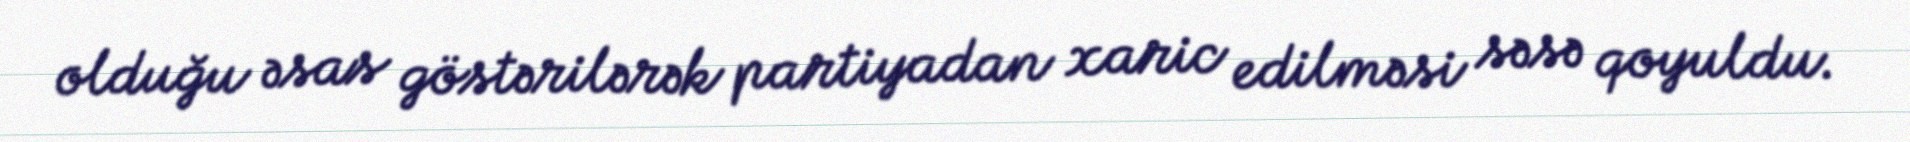
olduğu əsas göstərilərək partiyadan xaric edilməsi səsə qoyuldu.